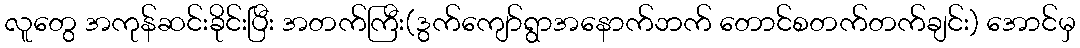
လူတွေ အကုန်ဆင်းခိုင်းပြီး အတက်ကြီး(ဒွက်ကျော်ရွာအနောက်ဘက် တောင်စတက်တက်ချင်း) အောင်မှ